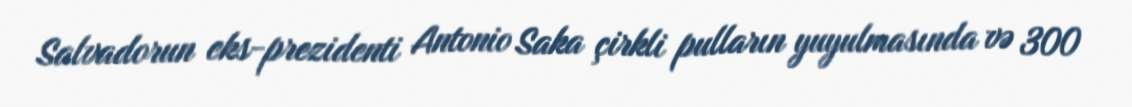
Salvadorun eks-prezidenti Antonio Saka çirkli pulların yuyulmasında və 300